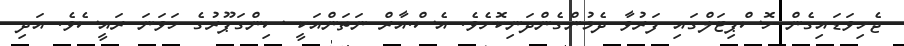
ޖެހިވަޑައިގެން ހޮސްޕިޓަލްގައި ފަރުވާ ދެމުންގެންދަނިކޮށެވެ. އެސް.އާރް ނަތަންއަކީ ސިންގަޕޫރުގެ ހަވަނަ ރައީސެވެ. އަދި